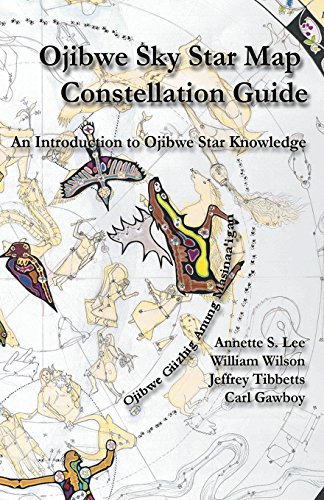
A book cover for Ojibwe Sky Star Map - Constellation Guidebook: An Introduction to Ojibwe Star Knowledge; Annette Sharon Lee; Science & Math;